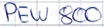
Text: PEW800